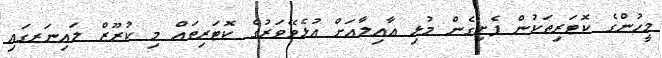
މީހުންގެ ކޮޓަރިތަކުން ފެށިގެން މުޅި ޢާއިލާއަށް އުޅެވޭވަރުގެ ކޮޓަރިތައް މި ކުރޫޒް ލައިނަރގައި